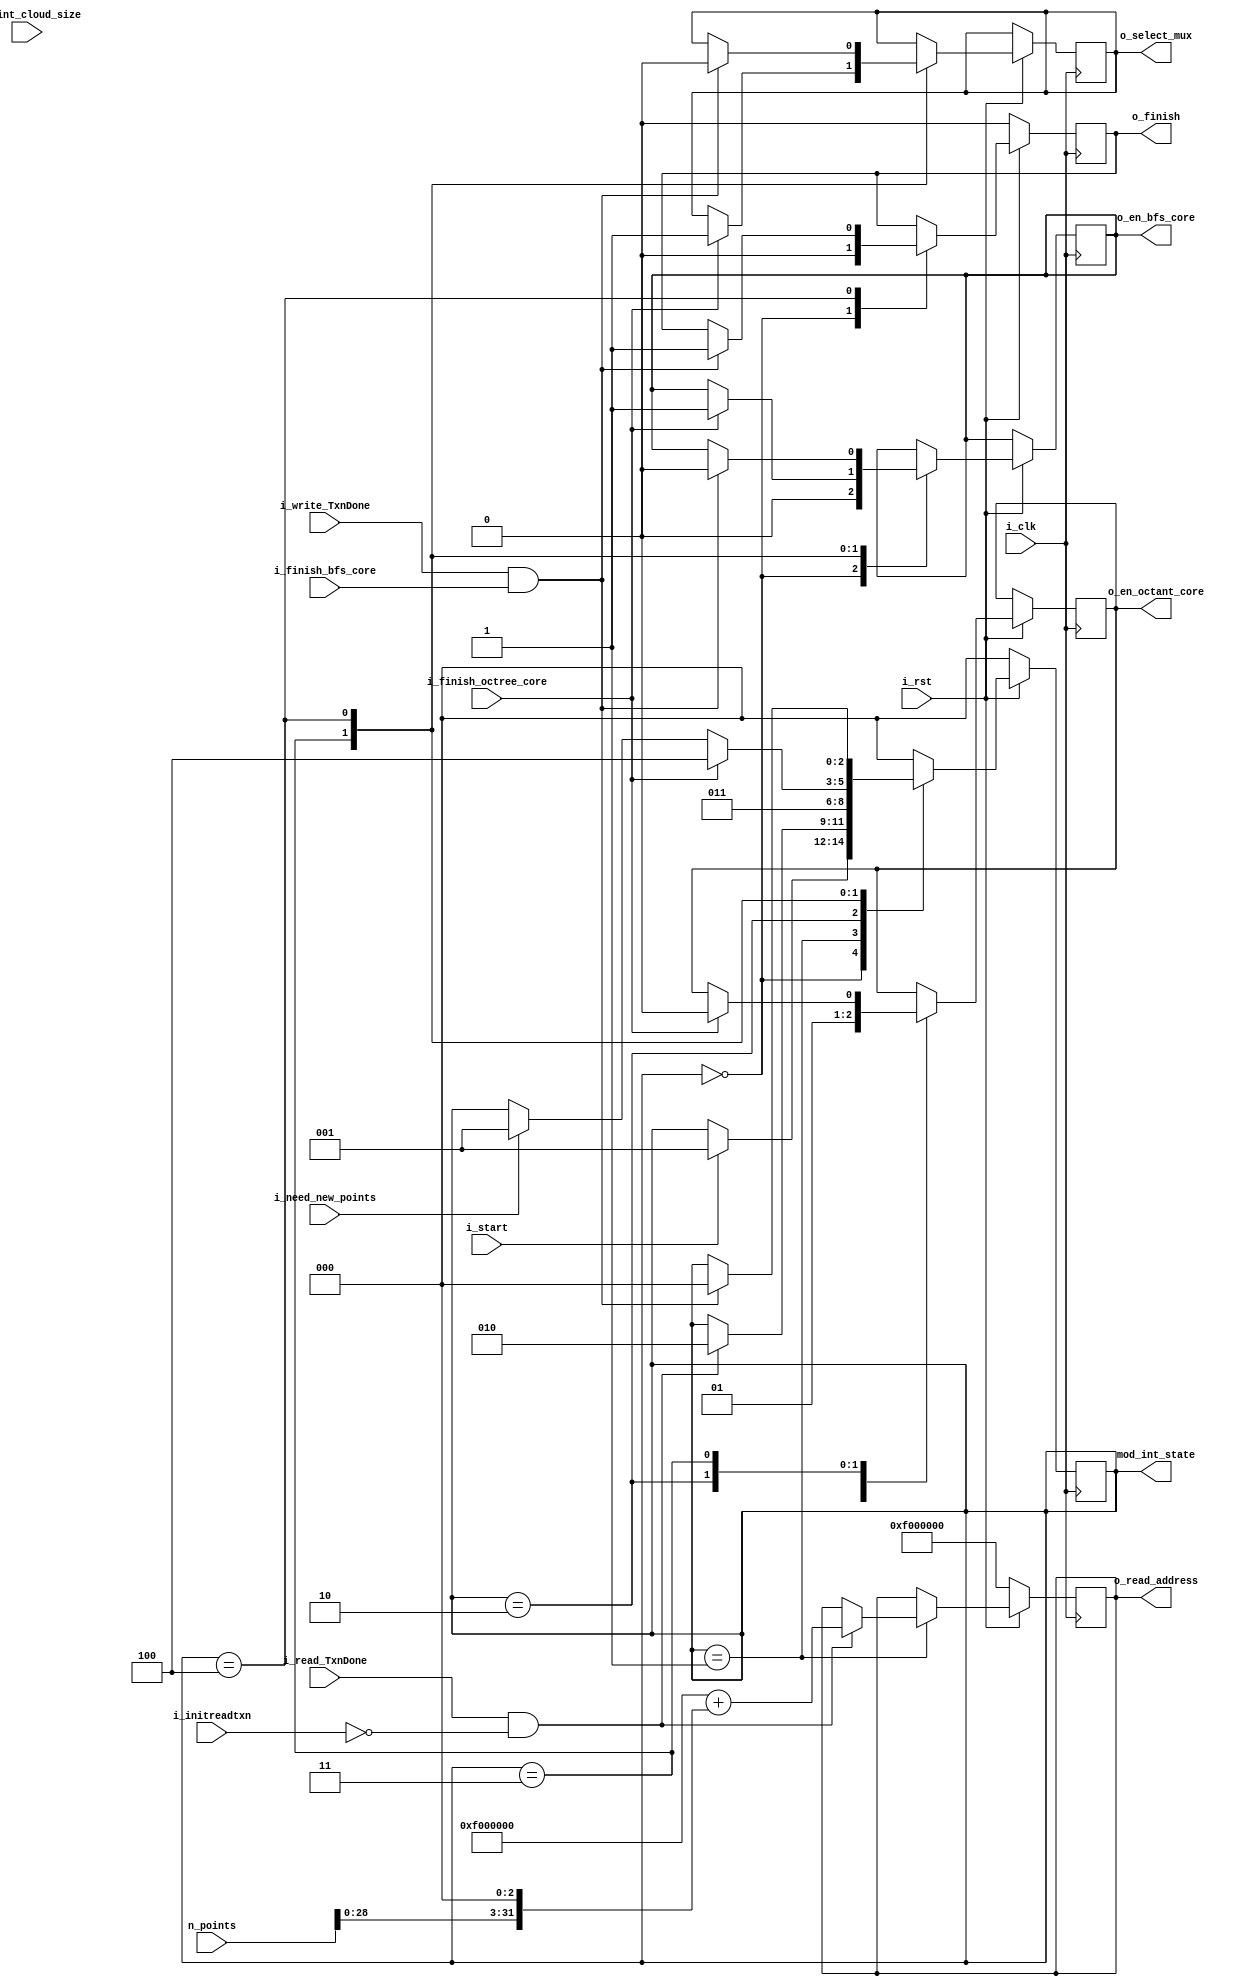
`timescale 1ns / 1ps
//////////////////////////////////////////////////////////////////////////////////
// Company: 
// Engineer: 
// 
// Design Name: 
// Module Name: control_unit
// Project Name: 
// Target Devices: 
// Tool Versions: 
// Description: 
// 
// Dependencies: 
// 
// Revision:
// Revision 0.01 - File Created
// Additional Comments:
// 
//////////////////////////////////////////////////////////////////////////////////

`define IDLE 0
`define READING 1
`define UPDATING 2
`define WORK 3
`define WRITING 4


module control_unit#(
    parameter DDR_BASE_ADDRESS =32'h0F000000
)(
    //input wire i_en,
    input wire i_clk,
    input wire i_rst,
    //module_interface connection
    input wire i_start,
    input wire i_initreadtxn,
    input wire i_read_TxnDone,
    input wire i_write_TxnDone,
    input wire [31:0] n_points,
    input wire [31:0] i_point_cloud_size,
    output reg o_finish,
    output reg [31:0] o_read_address,
    output reg [2:0] mod_int_state,
    //output reg [15:0] counter0,
    //octree_core conecction
    input wire i_finish_octree_core,
    input wire i_need_new_points,  // <------ WHERE TO PUT THIS IN OCTREE_CORE ????
    //input wire i_branch_octree,
    output reg o_en_octant_core,
    //bfs_core connection
    input wire i_finish_bfs_core,
    //input wire i_send_to_ddr,
    //input wire i_branch_bfs,
    output reg o_en_bfs_core,
    //mux connection
    output reg o_select_mux

    );

    reg flag_finish;



    // module_interface fsm
    always @(posedge i_clk) begin
        if(!i_rst) begin
            mod_int_state <= `IDLE;
            o_finish <= 0;
            flag_finish <= 0;
            o_read_address <= DDR_BASE_ADDRESS;
        end else begin
            case (mod_int_state)
                `IDLE: begin
                    o_finish <= 0;
                    o_en_octant_core <= 0;
                    o_en_bfs_core <= 0;
                    if (i_start) begin
                        mod_int_state <= `READING;
                    end
                end
                `READING: begin //1
                    //counter0 <= 0;
                    if(i_read_TxnDone && !i_initreadtxn) begin 
                        mod_int_state <= `UPDATING;
                        o_read_address <= DDR_BASE_ADDRESS + (n_points<<3);
                    end
                end
                `UPDATING: begin //2
                    //counter0 <= 0;
                    mod_int_state <= `WORK;
                    o_en_octant_core <= 1;
                end
                `WORK: begin //3
                    if (i_finish_octree_core) begin
                        mod_int_state <= `WRITING;
                        o_select_mux <= 1;
                        o_en_bfs_core <= 1;
                        o_en_octant_core <= 0;

                    end else if (i_need_new_points) begin
                        // if octree_core needs more points, alert module_interface 
                        mod_int_state <= `READING; //<--------------- MUDEI PARA: READING, ANTES: UPDATING
                    end
                end
                `WRITING: begin
                    if(i_write_TxnDone && i_finish_bfs_core) // change to number of the occupancy_code register in BFS
                    begin
                        mod_int_state <= `IDLE;
                        o_finish <= 1;
                        //flag_finish <= 1;
                        o_select_mux <= 0; // put select to 0, to then octree_core process next frame
                        o_en_bfs_core <= 0;                        
                    end
                end
                default: begin
                    mod_int_state <= `IDLE;
                end
            endcase

        end
    end




endmodule